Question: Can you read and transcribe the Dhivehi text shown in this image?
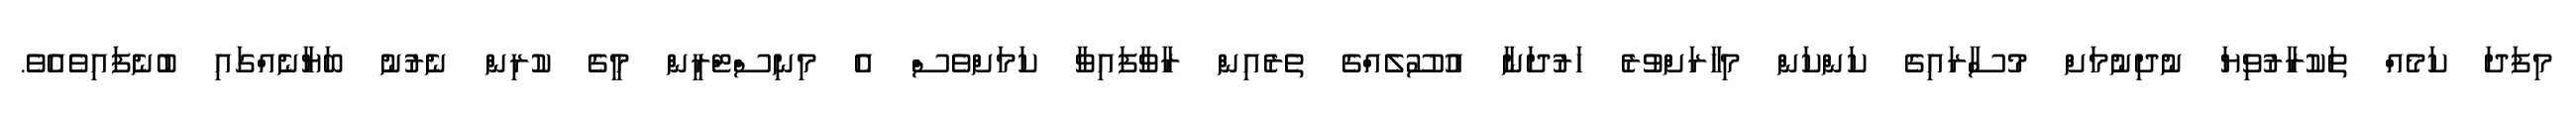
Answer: މިފަދަ ކަމެއް ތަކުރާރުވިޔަ ނުދިނުމަށް މުސާރައިގެ ކަންކަން މިހާރަށްވުރެ ހަރުދަނާ އުސޫލެއްގެ ތެރެއިން ރާވާފައިވާ ކަމަށްވެސް އެ މިނިސްޓްރީން މީގެ ކުރިން ނެރުނު ބަޔާނެއްގައި ބުނެފައިވެއެވެ.